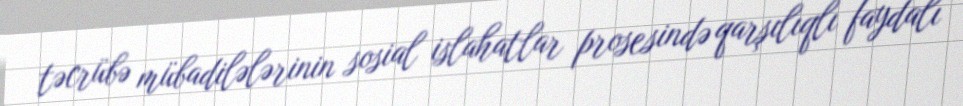
təcrübə mübadilələrinin sosial islahatlar prosesində qarşılıqlı faydalı